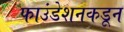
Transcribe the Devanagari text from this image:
फाउंडेशनकडून